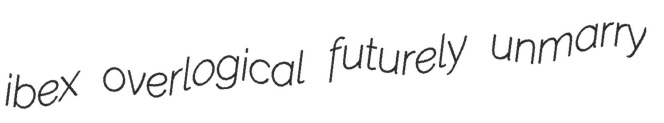
ibex overlogical futurely unmarry